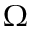
\Omega